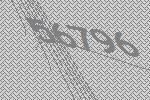
56796